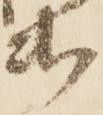
出